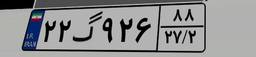
۲۲گ۹۲۶۸۸